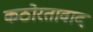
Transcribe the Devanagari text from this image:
कठोरतावाद